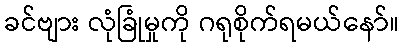
ခင်ဗျား လုံခြုံမှုကို ဂရုစိုက်ရမယ်နော်။